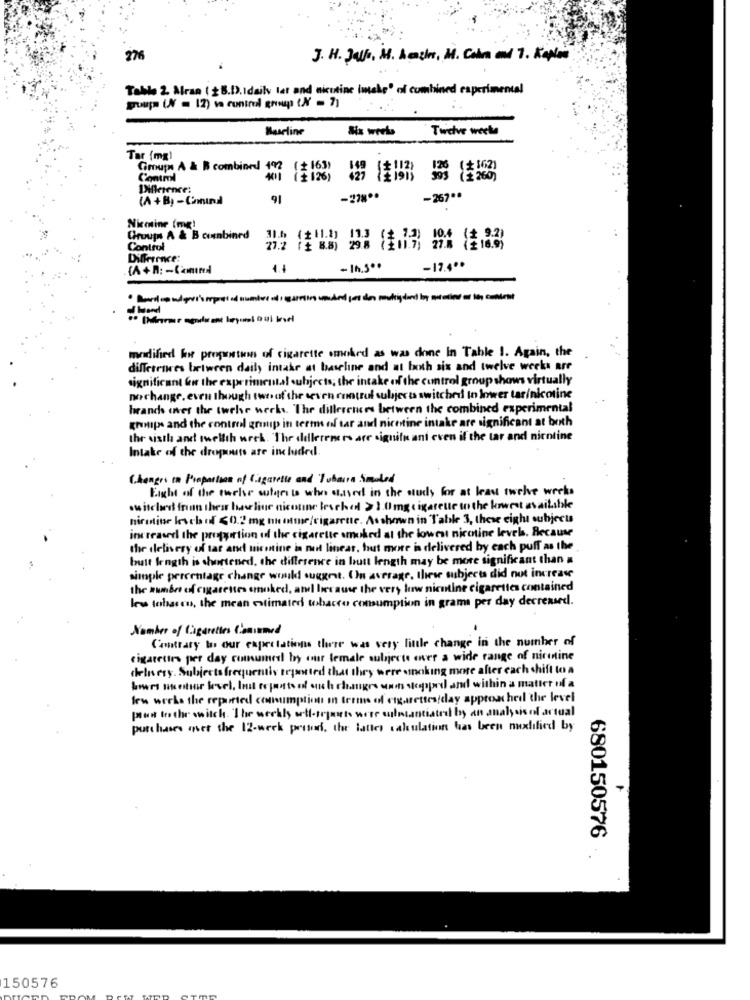
276
J. H. Jalle, M. Auch, M. Cobra and 7. Kaplan
Table 2. Aran ( 28.D.Idaily ler and nicotine imake' of combined experianental
Baseline
Twelve weeks
Tar (mg)
Groups A & B combiord 192
( 163)
149
Contml
(126)
427 121911
Difference:
(A +B) -Comund
91
-278 **
-267 **
Nimine (mg)
Chruups A & B combined
(+11.1)
Control
27.2 (£ 8.8) 29.8 (3:0171
Difference:
4.4
-17.4 **
o Mend
modified kre propostien of cigarette smoked as was done In Table !. Again, the
differences between daily intake at baseline and at both six and twelve weeks are
significant ww the experimental subjects; the intake of the control group shows virtually
nochange, even though two of the seven control subjects switched In lower tar/nicotine
brands over the twelve weeks. "The dillerences between the combined experimental
groups and the control group in terms of tar and nicotine intake are significant at both
the usils and swellth week. The delletenere are signifi and even if the car and nicotine
Intake of the dropouts ate included
Changes in Proportion of Cigarette and Tubarra Smaled
Eight of the twelve stars to who saved in the study for at least twelve weeks
os ischund friun their heilige nicoune trock od > 1.0 mg cigarette so the lowest available
nireine level of <0.2 mg the time/cigarette. Asshown in Table 3, these eight subjects
increased the proportion of the cigarette smoked at the lowest nicotine levels. Because
the delivery of tar and nicotine in nut linear, hut more is delivered by each puff as the
butt length is shortened, the difference in butt length may be more significant than a
simple percentage change would suggest. (In average, these subjects did not increase
the number of cigarettes smoked, and because the very low nicotine cigarettes contained
les tobacco, the mean estimated tobacco consumption in grama per day decreased.
Number of Cigarettes Conumed
Contrary to our expectations there was very little change in the number of
cigarettes per day cumumed by our lemale subjects over a wide range of ninenine
delivery. Subjects frequentis reported that they were smoking more after each shift to a
beers skostor frael, Inst reports of ous h changes som stopped and within a matter of a
few weeks the reported comumption in terms of cigarettes/day approached the level
plus to the switch. The werkly off-toparts were ulntantiated by an analysis of actual
purchases met the 12-week pestodi, the latter sakulation has been modified by
680150576
150576